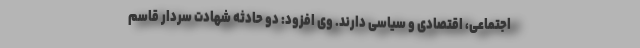
اجتماعی، اقتصادی و سیاسی دارند. وی افزود: دو حادثه شهادت سردار قاسم